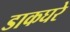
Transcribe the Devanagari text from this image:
डाकघरे